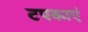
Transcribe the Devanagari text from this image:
टपकाएं